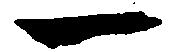
一